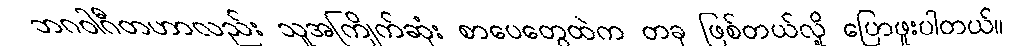
ဘဂဝါဂီတဟာလည်း သူအကြိုက်ဆုံး စာပေတွေထဲက တခု ဖြစ်တယ်လို့ ပြောဖူးပါတယ်။